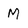
Character: M